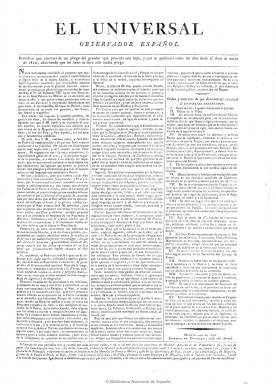
Título: El Universal observador español
Colección: Periódicos anteriores a 1850
Ámbito geográfico: Madrid
Lugar de publicación: Madrid
Fechas: 01/01/1820-12/07/1820

El más adepto a las doctrinas constitucionalistas en el seno de la prensa afrancesada del Trienio Liberal, a juicio de María Cruz Seoane, es además el más  innovador de la prensa del periodo, dado su carácter riguroso e informativo. Además de durar casi todo el trienio fue también el de mayor tirada.

Estuvo dirigido por el afrancesado Manuel José Narganes de Posada, y en el colaboran el eclesiástico Juan González Caborreluz, José María Galdeano, José Rodríguez y José San Millán, entre otros. De cuatro páginas y a tres columnas, tuvo imprenta propia, y debido a su gran tamaño para la época recibió el mote de ‘El Sabanón’.

Comienza cada número con el santoral y la orden de la plaza, así como un artículo de la Constitución, generalmente seguido de un comentario al mismo. Incluye secciones de noticias de España y del extranjero, también de la América española, así como extractos de legislación e información parlamentaria. También ofrece noticias locales relativas a la programación teatral de la capital, así como otros avisos. Tiene especial relieve su sección Variedades, que a pesar de su denominación está dedicada a los artículos comunicados y de fondo.

De radical defensor de la revolución liberal, al final se pondrá de lado del gobierno, del cual recibirá financiación. Es considerado más ilustrado que liberal, de tendencia moderada.

A partir del 13 de julio de 1820 reduce su título a sólo El universal, hasta que publica su último número el 23 de abril de 1823. Véase también este título en esta Hemeroteca Digital.